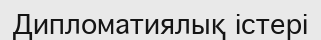
Дипломатиялық істері